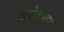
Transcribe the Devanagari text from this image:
बन्नेरुघट्टा